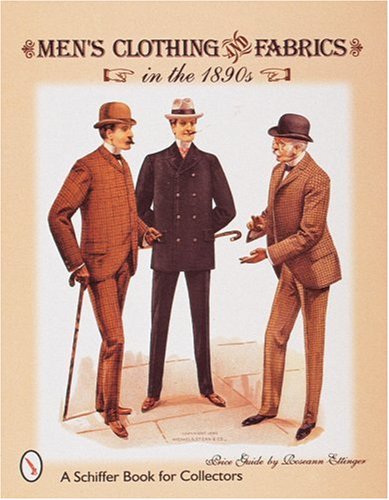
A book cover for Men's Clothing & Fabrics in the 1890s: Price Guide (A Schiffer Book for Collectors); Crafts, Hobbies & Home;